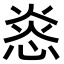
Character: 㥕